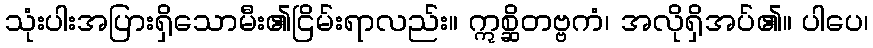
သုံးပါးအပြားရှိသောမီး၏ငြိမ်းရာလည်း။ ဣစ္ဆိတဗ္ဗကံ၊ အလိုရှိအပ်၏။ ပါပေ၊